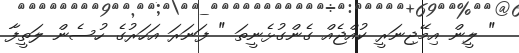
" ލީން އިމޭޖިނަރީ ކުއްޖެއް ގެންގުޅެނީތަ " ފަނަރަ އަހަރުގެ ހުސެން ލަތީފާ